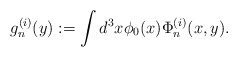
\begin{align*}g_n^{(i)} (y) := \int d^3 x \phi_0 (x) \Phi_n^{(i)} (x, y) . \end{align*}